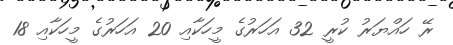
ރޭ ހައްޔަރު ކުރީ 32 އަހަރުގެ މީހަކާއި 20 އަހަރުގެ މީހަކާއި 18